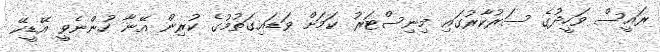
ރައީސް ވަހީދުގެ ސަރުކާރުގައި މިނިސްޓަރު ކަމަށް ވަޑައިގަތުމުގެ ކުރިން އޭނާ ހުންނެވީ އޭޑީކޭ